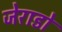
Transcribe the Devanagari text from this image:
जेराडो